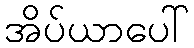
အိပ်ယာပေါ်